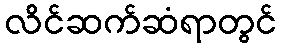
လိင်ဆက်ဆံရာတွင်